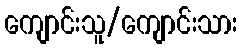
ကျောင်းသူ/ကျောင်းသား